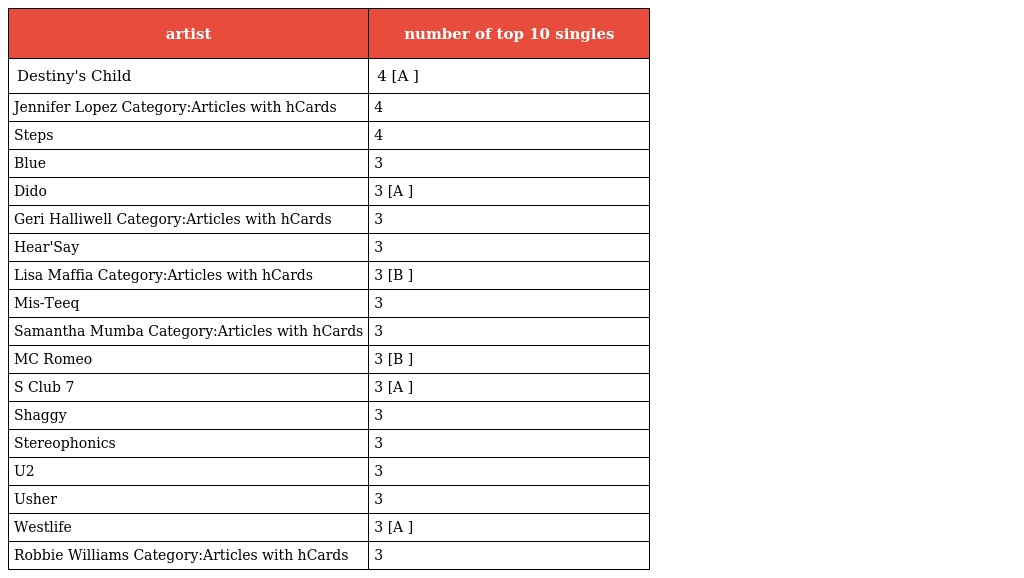
| artist | number of top 10 singles |
 | --- | --- |
 | Destiny's Child | 4 [A ] |
 | Jennifer Lopez Category:Articles with hCards | 4 |
 | Steps | 4 |
 | Blue | 3 |
 | Dido | 3 [A ] |
 | Geri Halliwell Category:Articles with hCards | 3 |
 | Hear'Say | 3 |
 | Lisa Maffia Category:Articles with hCards | 3 [B ] |
 | Mis-Teeq | 3 |
 | Samantha Mumba Category:Articles with hCards | 3 |
 | MC Romeo | 3 [B ] |
 | S Club 7 | 3 [A ] |
 | Shaggy | 3 |
 | Stereophonics | 3 |
 | U2 | 3 |
 | Usher | 3 |
 | Westlife | 3 [A ] |
 | Robbie Williams Category:Articles with hCards | 3 |